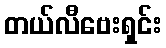
တယ်လီဗေးရှင်း